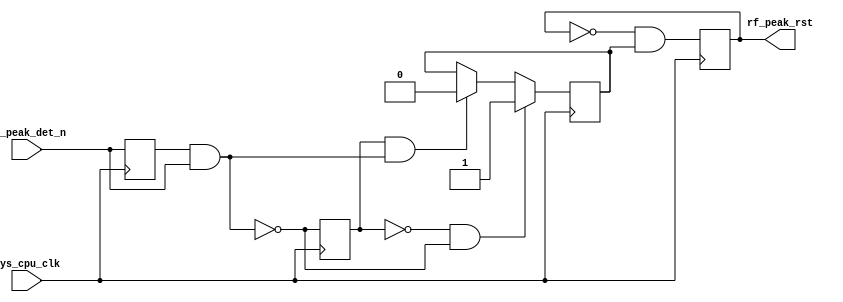
// ***************************************************************************
// ***************************************************************************
// Copyright (C) 2014-2023 Analog Devices, Inc. All rights reserved.
//
// In this HDL repository, there are many different and unique modules, consisting
// of various HDL (Verilog or VHDL) components. The individual modules are
// developed independently, and may be accompanied by separate and unique license
// terms.
//
// The user should read each of these license terms, and understand the
// freedoms and responsibilities that he or she has by using this source/core.
//
// This core is distributed in the hope that it will be useful, but WITHOUT ANY
// WARRANTY; without even the implied warranty of MERCHANTABILITY or FITNESS FOR
// A PARTICULAR PURPOSE.
//
// Redistribution and use of source or resulting binaries, with or without modification
// of this file, are permitted under one of the following two license terms:
//
//   1. The GNU General Public License version 2 as published by the
//      Free Software Foundation, which can be found in the top level directory
//      of this repository (LICENSE_GPL2), and also online at:
//      <https://www.gnu.org/licenses/old-licenses/gpl-2.0.html>
//
// OR
//
//   2. An ADI specific BSD license, which can be found in the top level directory
//      of this repository (LICENSE_ADIBSD), and also on-line at:
//      https://github.com/analogdevicesinc/hdl/blob/main/LICENSE_ADIBSD
//      This will allow to generate bit files and not release the source code,
//      as long as it attaches to an ADI device.
//
// ***************************************************************************
// ***************************************************************************

`timescale 1ns/100ps

module ad_adl5904_rst (

  input           sys_cpu_clk,
  input           rf_peak_det_n,
  output          rf_peak_rst
);

  // internal registers

  reg             rf_peak_det_n_d = 'd0;
  reg             rf_peak_det_enb_d = 'd0;
  reg             rf_peak_rst_enb = 'd0;
  reg             rf_peak_rst_int = 'd0;

  // internal signals

  wire            rf_peak_det_enb_s;
  wire            rf_peak_rst_1_s;
  wire            rf_peak_rst_0_s;

  // adl5904 input protection

  assign rf_peak_rst = rf_peak_rst_int;
  assign rf_peak_det_enb_s = ~(rf_peak_det_n_d & rf_peak_det_n);
  assign rf_peak_rst_1_s = ~rf_peak_det_enb_d & rf_peak_det_enb_s;
  assign rf_peak_rst_0_s = rf_peak_det_enb_d & ~rf_peak_det_enb_s;

  always @(posedge sys_cpu_clk) begin
    rf_peak_det_n_d <= rf_peak_det_n;
    rf_peak_det_enb_d <= rf_peak_det_enb_s;
    if (rf_peak_rst_1_s == 1'b1) begin
      rf_peak_rst_enb <= 1'b1;
    end else if (rf_peak_rst_0_s == 1'b1) begin
      rf_peak_rst_enb <= 1'b0;
    end
    rf_peak_rst_int = ~rf_peak_rst_int & rf_peak_rst_enb;
  end

endmodule